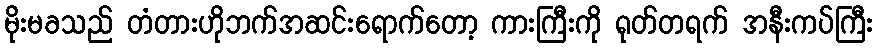
မိုးမခသည် တံတားဟိုဘက်အဆင်းရောက်တော့ ကားကြီးကို ရုတ်တရက် အနီးကပ်ကြီး